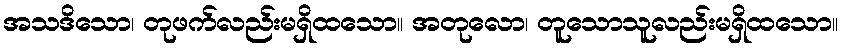
အသဒိသော၊ တုဖက်လည်းမရှိထသော။ အတုလော၊ တူသောသူလည်းမရှိထသော။